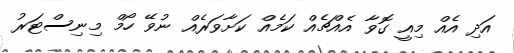
އަދި އެއް މިއީ ގޮވާ އެއްޗެއް ކަމެއް ކަށާވަރެއް ނުވޭ ހޯމް މިނިސްޓަރު